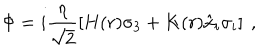
\Phi = i \frac { \eta } { \sqrt { 2 } } \left[ H ( r ) \sigma _ { 3 } + K ( r ) \hat { x } _ { i } \sigma _ { i } \right] \ ,